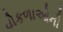
વોકળાઓની